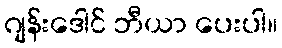
ဂျန်းဒေါင် ဘီယာ ပေးပါ။